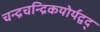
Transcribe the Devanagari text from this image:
चन्द्रचन्द्रिकयोर्यद्वद्